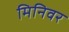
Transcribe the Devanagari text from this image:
मिनिवर